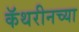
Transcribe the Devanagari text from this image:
कॅथरीनच्या